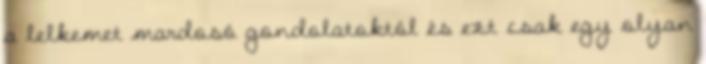
a lelkemet mardosó gondolatoktól és ezt csak egy olyan